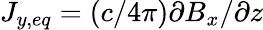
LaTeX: J_{y,eq}=(c/4\pi)\partial B_{x}/\partial z